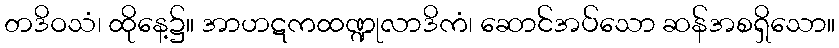
တဒိဝသံ၊ ထိုနေ့၌။ အာဟဋကထဏ္ဍုလာဒိကံ၊ ဆောင်အပ်သော ဆန်အစရှိသော။